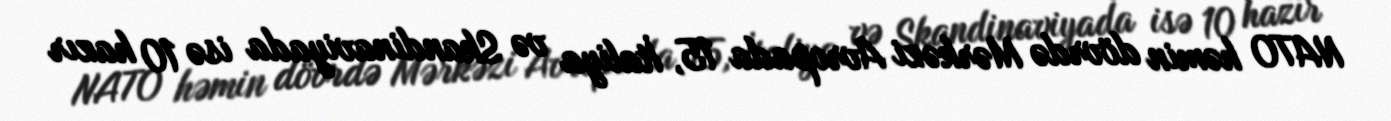
NATO həmin dövrdə Mərkəzi Avropada 15, İtaliya və Skandinaviyada isə 10 hazır